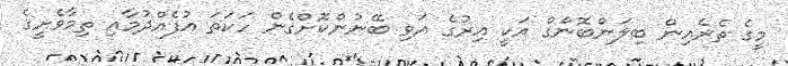
މީގެ ތެރެއިން ބިލަންބޮންގް އަކީ އިރުގެ އަވި ބޭނުންކޮށްގެން ހަކަތަ އުފެއްދުމާއި ތިމާވެށީގެ